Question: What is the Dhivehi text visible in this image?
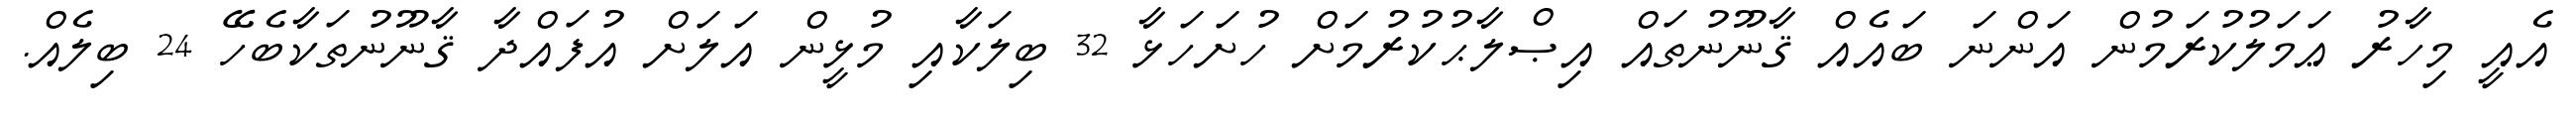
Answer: އެއީ މިހާރު ޢަމަލުކުރަމުން އަންނަ ބައެއް ޤާނޫނުތައް އިޞްލާޙުކުރުމަށް ހުށަހަޅާ 32 ބިލަކާއި މުޅީން އަލަށް އުފައްދާ ޤާނޫނުތަކާބެހޭ 24 ބިލެއް.